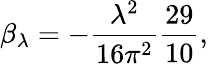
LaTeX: \beta_{\lambda}=-\frac{\lambda^{2}}{16\pi^{2}}\frac{29}{10},